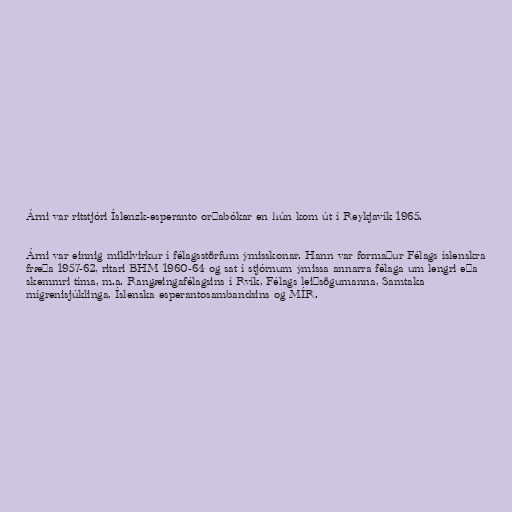
Árni var ritstjóri Íslenzk-esperanto orðabókar en hún kom út í Reykjavík 1965.

Árni var einnig mikilvirkur í félagsstörfum ýmisskonar. Hann var formaður Félags íslenskra
fræða 1957-62, ritari BHM 1960-64 og sat í stjórnum ýmissa annarra félaga um lengri eða
skemmri tíma, m.a. Rangæingafélagsins í Rvík, Félags leiðsögumanna, Samtaka
mígrenisjúklinga, Íslenska esperantosambandsins og MÍR.